Source: Handwritten
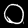
Digit: ၀ (0)